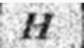
H